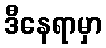
ဒီနေရာမှာ